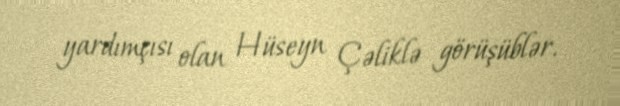
yardımçısı olan Hüseyn Çəliklə görüşüblər.